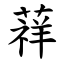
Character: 䔗